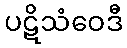
ပဋိသံဝေဒီ